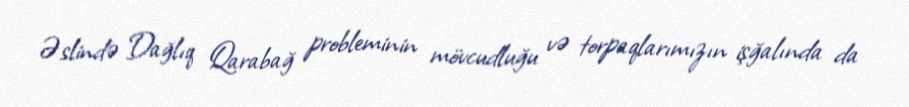
Əslində Dağlıq Qarabağ probleminin mövcudluğu və torpaqlarımızın işğalında da